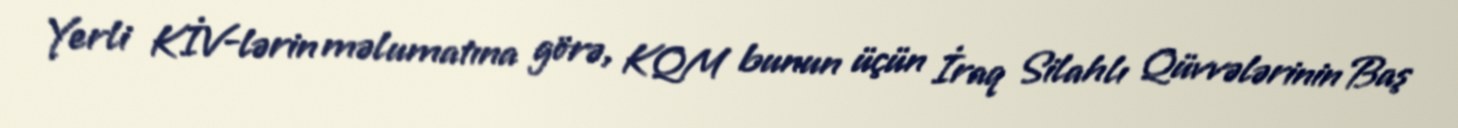
Yerli KİV-lərin məlumatına görə, KQM bunun üçün İraq Silahlı Qüvvələrinin Baş